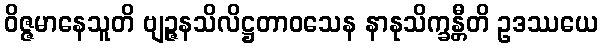
ဝိဇ္ဇမာနေသူတိ ဗျဉ္ဇနသိလိဋ္ဌတာဝသေန နာနုသိက္ခန္တီတိ ဥဒဿယေ